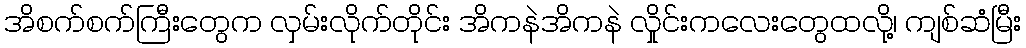
အိစက်စက်ကြီးတွေက လှမ်းလိုက်တိုင်း အိကနဲအိကနဲ လှိုင်းကလေးတွေထလို့၊ ကျစ်ဆံမြီး